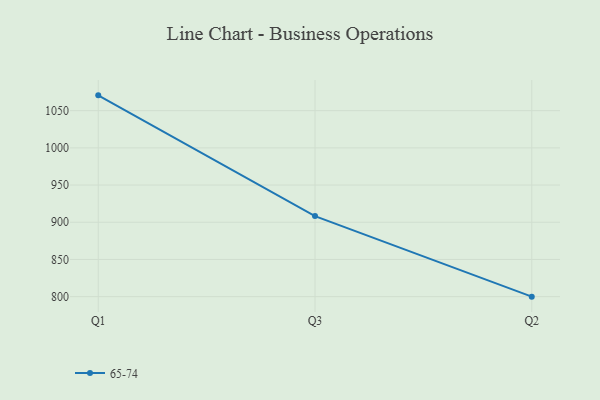
{"axis": {"x": "Quarter", "y": "Revenue (USD Million)"}, "legend": ["65-74"], "data": [{"x": "Q1", "y": 1070.6, "type": "65-74"}, {"x": "Q3", "y": 908.3, "type": "65-74"}, {"x": "Q2", "y": 800, "type": "65-74"}]}